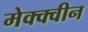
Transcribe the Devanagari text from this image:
मेक्क्वीन